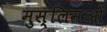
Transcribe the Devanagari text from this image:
मुस्लिमओं